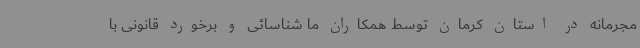
مجرمانه در استان کرمان توسط همکاران ما شناسائی و برخورد قانونی با